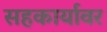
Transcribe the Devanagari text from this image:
सहकार्यावर